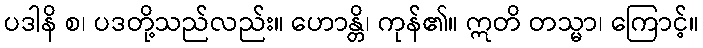
ပဒါနိ စ၊ ပဒတို့သည်လည်း။ ဟောန္တိ၊ ကုန်၏။ ဣတိ တသ္မာ၊ ကြောင့်။